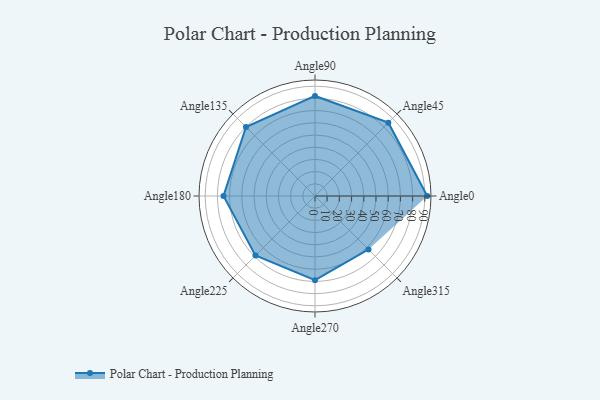
{"axis": {"x": "Angle", "y": "Radius"}, "legend": [""], "data": [{"x": "Angle0", "y": 92.0, "type": ""}, {"x": "Angle45", "y": 85.0, "type": ""}, {"x": "Angle90", "y": 82.0, "type": ""}, {"x": "Angle135", "y": 80.0, "type": ""}, {"x": "Angle180", "y": 75.0, "type": ""}, {"x": "Angle225", "y": 69.0, "type": ""}, {"x": "Angle270", "y": 69.0, "type": ""}, {"x": "Angle315", "y": 62.0, "type": ""}]}